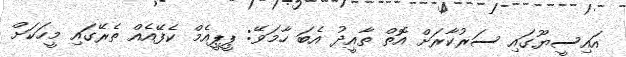
އައިސީޔޫގައި ސަރުކާރަށް އޮތް ތާއީދު އެބަ ހާމަވޭ: ޕީޕީއެމް ކެފޭއެއް ތެރޭގައި މީހަކަށް